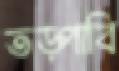
তড়্‌পাবি